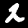
Digit: 2